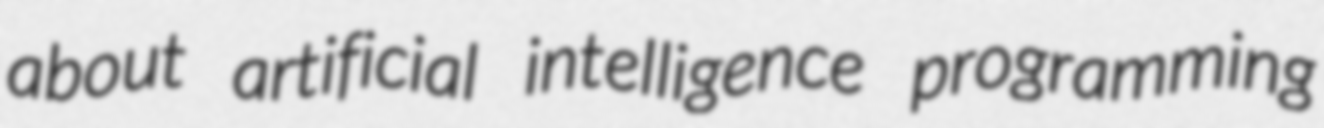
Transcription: about artificial intelligence programming